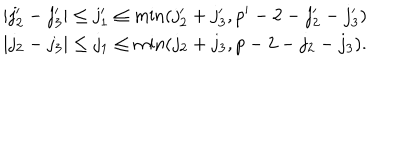
LaTeX: \begin{array} { c } { { | j _ { 2 } ^ { \prime } - j _ { 3 } ^ { \prime } | \leq j _ { 1 } ^ { \prime } \leq \min ( j _ { 2 } ^ { \prime } + j _ { 3 } ^ { \prime } , p ^ { \prime } - 2 - j _ { 2 } ^ { \prime } - j _ { 3 } ^ { \prime } ) } } \\ { { | j _ { 2 } - j _ { 3 } | \leq j _ { 1 } \leq \min ( j _ { 2 } + j _ { 3 } , p - 2 - j _ { 2 } - j _ { 3 } ) . } } \\ \end{array}